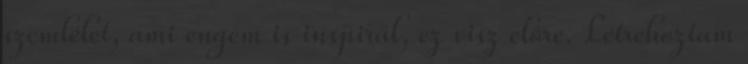
szemlélet, ami engem is inspirál, ez visz elôre. Létrehoztam